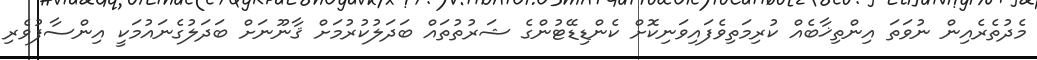
މެދުތެރެއިން ނުވަތަ އިންތިޚާބެއް ކުރިމަތިވެފައިވަނިކޮށް ކެންޑިޑޭޓުންގެ ޝަރުތުތައް ބަދަލުކުރުމަށް ޤާނޫނަށް ބަދަލުގެނައުމަކީ އިންސާފުވެރި